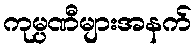
ကုမ္ပဏီများအနက်